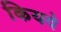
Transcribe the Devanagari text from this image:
कियवे